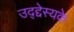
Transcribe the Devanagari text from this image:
उद्द्देस्यके